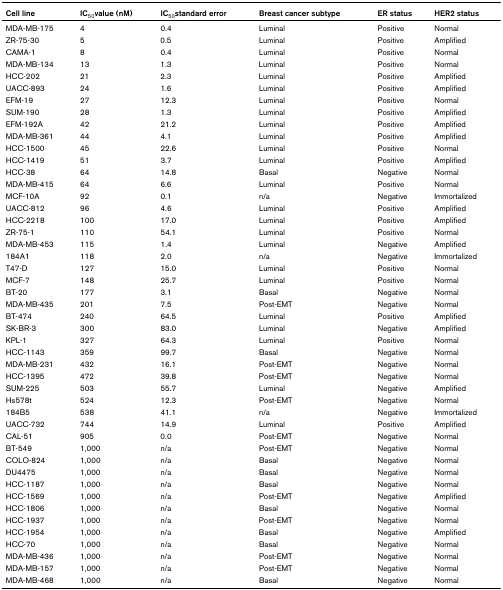
<table><thead><tr><td><b>Cell line</b></td><td><b>IC<sub>50</sub>value (nM)</b></td><td><b>IC<sub>50</sub>standard error</b></td><td><b>Breast cancer subtype</b></td><td><b>ER status</b></td><td><b>HER2 status</b></td></tr></thead><tbody><tr><td>MDA-MB-175</td><td>4</td><td>0.4</td><td>Luminal</td><td>Positive</td><td>Normal</td></tr><tr><td>ZR-75-30</td><td>5</td><td>0.5</td><td>Luminal</td><td>Positive</td><td>Amplified</td></tr><tr><td>CAMA-1</td><td>8</td><td>0.4</td><td>Luminal</td><td>Positive</td><td>Normal</td></tr><tr><td>MDA-MB-134</td><td>13</td><td>1.3</td><td>Luminal</td><td>Positive</td><td>Normal</td></tr><tr><td>HCC-202</td><td>21</td><td>2.3</td><td>Luminal</td><td>Positive</td><td>Amplified</td></tr><tr><td>UACC-893</td><td>24</td><td>1.6</td><td>Luminal</td><td>Positive</td><td>Amplified</td></tr><tr><td>EFM-19</td><td>27</td><td>12.3</td><td>Luminal</td><td>Positive</td><td>Normal</td></tr><tr><td>SUM-190</td><td>28</td><td>1.3</td><td>Luminal</td><td>Positive</td><td>Amplified</td></tr><tr><td>EFM-192A</td><td>42</td><td>21.2</td><td>Luminal</td><td>Positive</td><td>Amplified</td></tr><tr><td>MDA-MB-361</td><td>44</td><td>4.1</td><td>Luminal</td><td>Positive</td><td>Amplified</td></tr><tr><td>HCC-1500</td><td>45</td><td>22.6</td><td>Luminal</td><td>Positive</td><td>Normal</td></tr><tr><td>HCC-1419</td><td>51</td><td>3.7</td><td>Luminal</td><td>Positive</td><td>Amplified</td></tr><tr><td>HCC-38</td><td>64</td><td>14.8</td><td>Basal</td><td>Negative</td><td>Normal</td></tr><tr><td>MDA-MB-415</td><td>64</td><td>6.6</td><td>Luminal</td><td>Positive</td><td>Normal</td></tr><tr><td>MCF-10A</td><td>92</td><td>0.1</td><td>n/a</td><td>Negative</td><td>Immortalized</td></tr><tr><td>UACC-812</td><td>96</td><td>4.6</td><td>Luminal</td><td>Positive</td><td>Amplified</td></tr><tr><td>HCC-2218</td><td>100</td><td>17.0</td><td>Luminal</td><td>Positive</td><td>Amplified</td></tr><tr><td>ZR-75-1</td><td>110</td><td>54.1</td><td>Luminal</td><td>Positive</td><td>Normal</td></tr><tr><td>MDA-MB-453</td><td>115</td><td>1.4</td><td>Luminal</td><td>Negative</td><td>Amplified</td></tr><tr><td>184A1</td><td>118</td><td>2.0</td><td>n/a</td><td>Negative</td><td>Immortalized</td></tr><tr><td>T47-D</td><td>127</td><td>15.0</td><td>Luminal</td><td>Positive</td><td>Normal</td></tr><tr><td>MCF-7</td><td>148</td><td>25.7</td><td>Luminal</td><td>Positive</td><td>Normal</td></tr><tr><td>BT-20</td><td>177</td><td>3.1</td><td>Basal</td><td>Negative</td><td>Normal</td></tr><tr><td>MDA-MB-435</td><td>201</td><td>7.5</td><td>Post-EMT</td><td>Negative</td><td>Normal</td></tr><tr><td>BT-474</td><td>240</td><td>64.5</td><td>Luminal</td><td>Positive</td><td>Amplified</td></tr><tr><td>SK-BR-3</td><td>300</td><td>83.0</td><td>Luminal</td><td>Negative</td><td>Amplified</td></tr><tr><td>KPL-1</td><td>327</td><td>64.3</td><td>Luminal</td><td>Positive</td><td>Normal</td></tr><tr><td>HCC-1143</td><td>359</td><td>99.7</td><td>Basal</td><td>Negative</td><td>Normal</td></tr><tr><td>MDA-MB-231</td><td>432</td><td>16.1</td><td>Post-EMT</td><td>Negative</td><td>Normal</td></tr><tr><td>HCC-1395</td><td>472</td><td>39.8</td><td>Post-EMT</td><td>Negative</td><td>Normal</td></tr><tr><td>SUM-225</td><td>503</td><td>55.7</td><td>Luminal</td><td>Negative</td><td>Amplified</td></tr><tr><td>Hs578t</td><td>524</td><td>12.3</td><td>Post-EMT</td><td>Negative</td><td>Normal</td></tr><tr><td>184B5</td><td>538</td><td>41.1</td><td>n/a</td><td>Negative</td><td>Immortalized</td></tr><tr><td>UACC-732</td><td>744</td><td>14.9</td><td>Luminal</td><td>Positive</td><td>Amplified</td></tr><tr><td>CAL-51</td><td>905</td><td>0.0</td><td>Post-EMT</td><td>Negative</td><td>Normal</td></tr><tr><td>BT-549</td><td>1,000</td><td>n/a</td><td>Post-EMT</td><td>Negative</td><td>Normal</td></tr><tr><td>COLO-824</td><td>1,000</td><td>n/a</td><td>Basal</td><td>Negative</td><td>Normal</td></tr><tr><td>DU4475</td><td>1,000</td><td>n/a</td><td>Basal</td><td>Negative</td><td>Normal</td></tr><tr><td>HCC-1187</td><td>1,000</td><td>n/a</td><td>Basal</td><td>Negative</td><td>Normal</td></tr><tr><td>HCC-1569</td><td>1,000</td><td>n/a</td><td>Post-EMT</td><td>Negative</td><td>Amplified</td></tr><tr><td>HCC-1806</td><td>1,000</td><td>n/a</td><td>Basal</td><td>Negative</td><td>Normal</td></tr><tr><td>HCC-1937</td><td>1,000</td><td>n/a</td><td>Post-EMT</td><td>Negative</td><td>Normal</td></tr><tr><td>HCC-1954</td><td>1,000</td><td>n/a</td><td>Basal</td><td>Negative</td><td>Amplified</td></tr><tr><td>HCC-70</td><td>1,000</td><td>n/a</td><td>Basal</td><td>Negative</td><td>Normal</td></tr><tr><td>MDA-MB-436</td><td>1,000</td><td>n/a</td><td>Post-EMT</td><td>Negative</td><td>Normal</td></tr><tr><td>MDA-MB-157</td><td>1,000</td><td>n/a</td><td>Post-EMT</td><td>Negative</td><td>Normal</td></tr><tr><td>MDA-MB-468</td><td>1,000</td><td>n/a</td><td>Basal</td><td>Negative</td><td>Normal</td></tr></tbody></table>